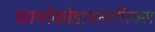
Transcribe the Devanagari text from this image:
फार्माकोडायनामिक्स